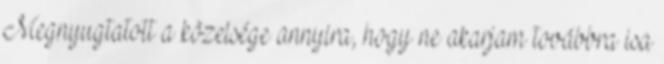
Megnyugtatott a közelsége annyira, hogy ne akarjam továbbra isa